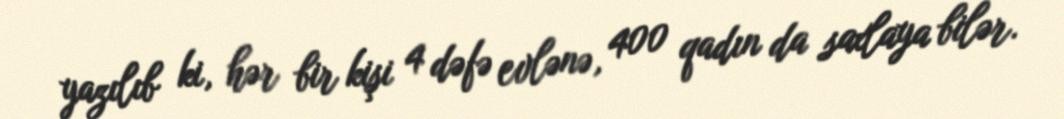
yazılıb ki, hər bir kişi 4 dəfə evlənə, 400 qadın da saxlaya bilər.